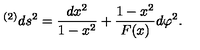
{ } ^ { ( 2 ) } d s ^ { 2 } = { \frac { d x ^ { 2 } } { 1 - x ^ { 2 } } } + { \frac { 1 - x ^ { 2 } } { F ( x ) } } d \varphi ^ { 2 } .